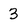
Character: 3